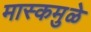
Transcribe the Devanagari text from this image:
मास्कमुळे